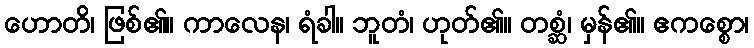
ဟောတိ၊ ဖြစ်၏။ ကာလေန၊ ရံခါ။ ဘူတံ၊ ဟုတ်၏။ တစ္ဆံ၊ မှန်၏။ ဧကစ္စော၊